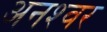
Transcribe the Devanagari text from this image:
अनश्‍वर